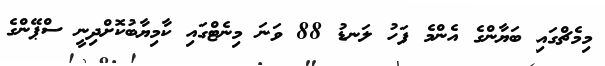
މިމެޗްގައި ބަޔާންގެ އެންމެ ފަހު ލަނޑު 88 ވަނަ މިނެޓްގައި ކާމިޔާބުކޮށްދިނީ ސްޕޭންގެ